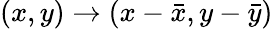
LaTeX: (x,y)\to(x-{\bar{x}},y-{\bar{y}})